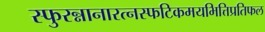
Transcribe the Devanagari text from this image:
स्फुरन्नानारत्नस्फटिकमयभित्तिप्रतिफल